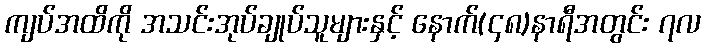
ကျပ်အထိကို အသင်းအုပ်ချုပ်သူများနှင့် နောက်(၄၈)နာရီအတွင်း ၇လ